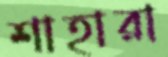
শাহারা